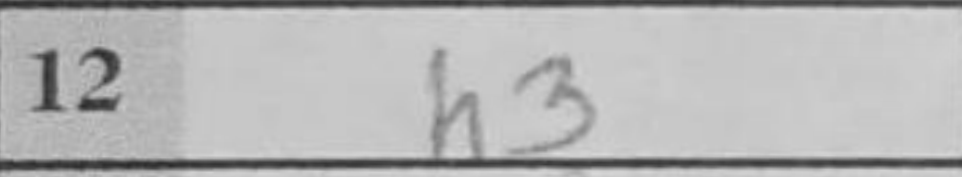
Transcription: h3